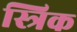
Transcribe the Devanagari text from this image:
स्त्रिक